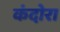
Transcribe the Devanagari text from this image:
कंदोरा